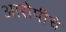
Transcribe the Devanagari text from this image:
आरोपीचे